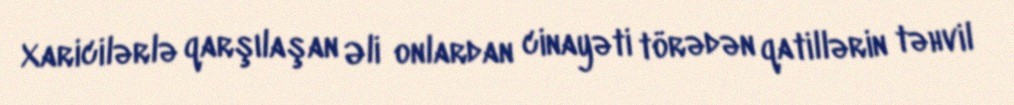
Xaricilərlə qarşılaşan Əli onlardan cinayəti törədən qatillərin təhvil